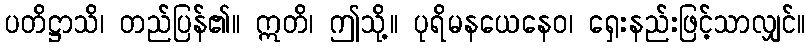
ပတိဋ္ဌာသိ၊ တည်ပြန်၏။ ဣတိ၊ ဤသို့။ ပုရိမနယေနေဝ၊ ရှေးနည်းဖြင့်သာလျှင်။